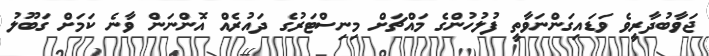
ޖަވާބުދާރީވެ ވަޑައިގަންނަވާތީ ފުލުހުންގެ މައްޗަށް މިނިސްޓަރުގެ ދައުރެއް އޮންނަން ވާނެ ކަމަށް ގަބޫލު